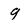
Character: 9